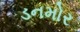
ડનમોર